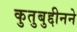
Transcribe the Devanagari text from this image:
कुतुबुद्दीनने